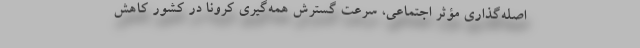
اصله‌گذاریِ مؤثر اجتماعی، سرعت گسترش همه‌گیری کرونا در کشور کاهش